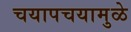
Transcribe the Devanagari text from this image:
चयापचयामुळे